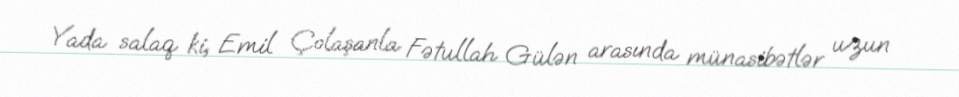
Yada salaq ki, Emil Çolaşanla Fətullah Gülən arasında münasibətlər uzun